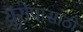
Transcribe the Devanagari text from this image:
युरोपासाठी